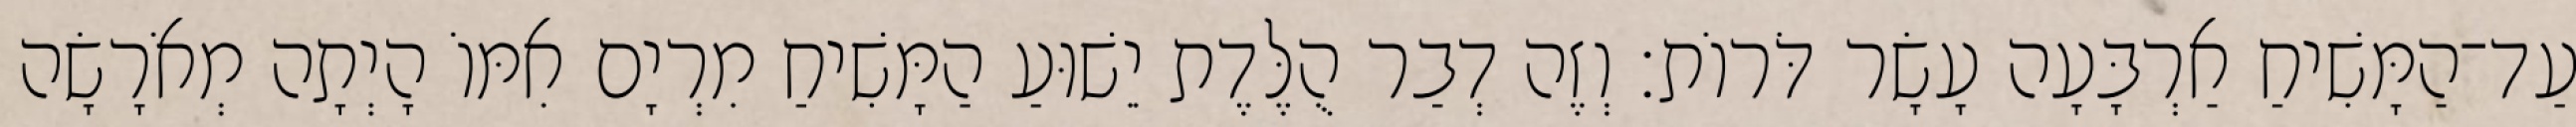
עַד־הַמָּשִׁיחַ אַרְבָּעָה עָשָׂר דֹּרוֹת׃ וְזֶה דְבַר הֻלֶּדֶת יֵשׁוּעַ הַמָּשִׁיחַ מִרְיָם אִמּוֹ הָיְתָה מְאֹרָשָׂה